Leaving Certificate Examination (including Day School Certificate (Higher) General paper), 1934
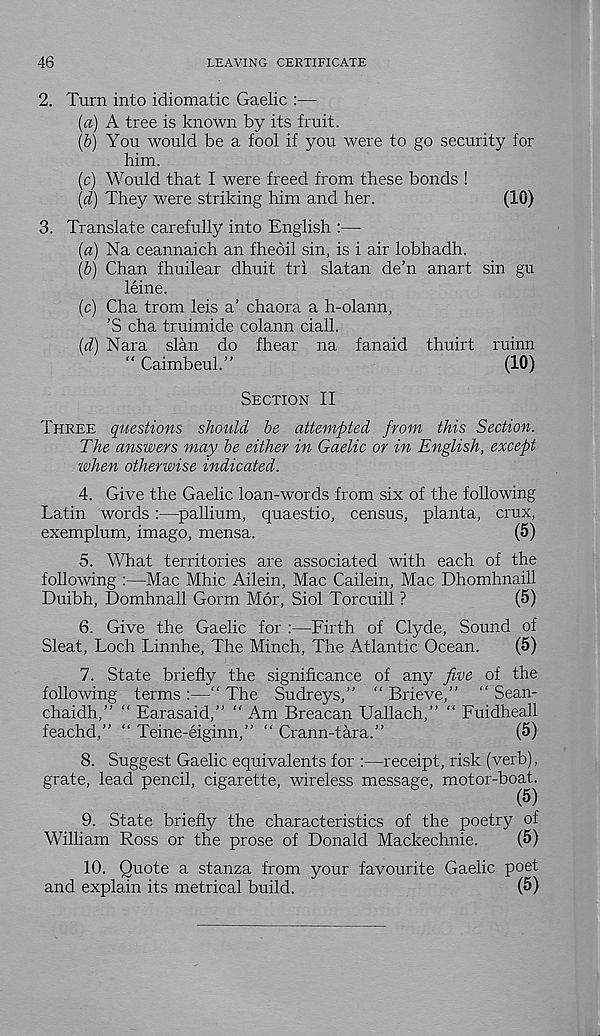
46
LEAVING CERTIFICATE
2. Turn into idiomatic Gaelic :—
(a) A tree is known by its fruit.
(b) You would be a fool if you were to go security for
him.
(c) Would that I were freed from these bonds !
(d) They were striking him and her.
(10)
3. Translate carefully into English :—
(a) Na ceannaich an fhedil sin, is i air lobhadh.
(b) Chan fhuilear dhuit tri slatan de’n anart sin gu
leine.
(c) Cha trom leis a’ chaora a h-olann,
’S cha truimide colann ciall.
(d) Nara slan do fhear na fanaid thuirt ruinn
“ Caimbeul.”
(10)
Section II
Three questions should be attempted from this Section.
The answers may be either in Gaelic or in English, except
when otherwise indicated.
4. Give the Gaelic loan-words from six of the following
Latin words:—pallium, quaestio, census, planta, crux,
exemplum, imago, mensa.
(5)
5. What territories are associated with each of the
following :—Mac Mhic Ailein, Mac Cailein, Mac Dhomhnaill
Duibh, Domhnall Gorm M6r, Siol Torcuill ?
(5)
6. Give the Gaelic for :—Firth of Clyde, Sound of
Sleat, Loch Linnhe, The Minch, The Atlantic Ocean.
(5)
7. State briefly the significance of any five of the
following terms :—“ The Sudreys,” “ Brieve,” “ Sean-
chaidh,” “ Earasaid,” “ Am Breacan Uallach,” “ Fuidheall
feachd,” “ Teine-eiginn,” “ Crann-tara.”
(5)
8. Suggest Gaelic equivalents for :—receipt, risk (verb),
grate, lead pencil, cigarette, wireless message, motor-boat.
(5)
9. State briefly the characteristics of the poetry of
William Ross or the prose of Donald Mackechnie.
(5)
10. Quote a stanza from your favourite Gaelic poet
and explain its metrical build.
(5)